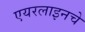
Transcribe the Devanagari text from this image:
एयरलाइनचे